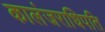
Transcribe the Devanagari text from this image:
कालंजराधिपति